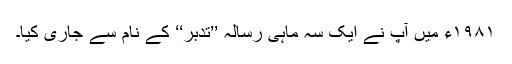
۱۹۸۱ء میں آپ نے ایک سہ ماہی رسالہ ’’تدبر‘‘ کے نام سے جاری کیا۔